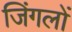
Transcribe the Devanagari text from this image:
जिंगलों